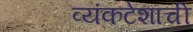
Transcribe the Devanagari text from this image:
व्यंकटेशाची